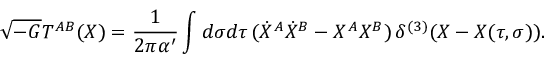
\sqrt { - G } T ^ { A B } ( X ) = \frac { 1 } { 2 \pi \alpha ^ { \prime } } \int d \sigma d \tau \, ( \dot { X } ^ { A } \dot { X } ^ { B } - X ^ { A } X ^ { B } ) \, \delta ^ { ( 3 ) } ( X - X ( \tau , \sigma ) ) .